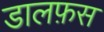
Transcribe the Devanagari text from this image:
डालफ़स